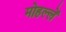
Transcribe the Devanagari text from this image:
मोहल्लें